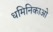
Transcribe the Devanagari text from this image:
धमिनिकाओ